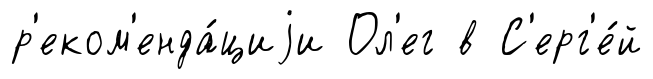
р'еком'енда́циjи Ол'ег в С'ерг'е́й